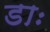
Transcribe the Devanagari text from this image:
डाः